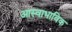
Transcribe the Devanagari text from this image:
आस्वाभाविक